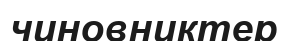
чиновниктер